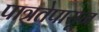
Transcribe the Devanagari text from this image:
पात्रतेपासून